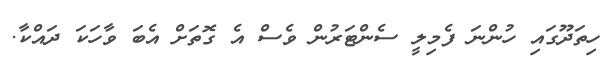
ހިތަދޫގައި ހުންނަ ފެމިލީ ސެންޓަރުން ވެސް އެ ގޮތަށް އެބަ ވާހަކަ ދައްކާ.